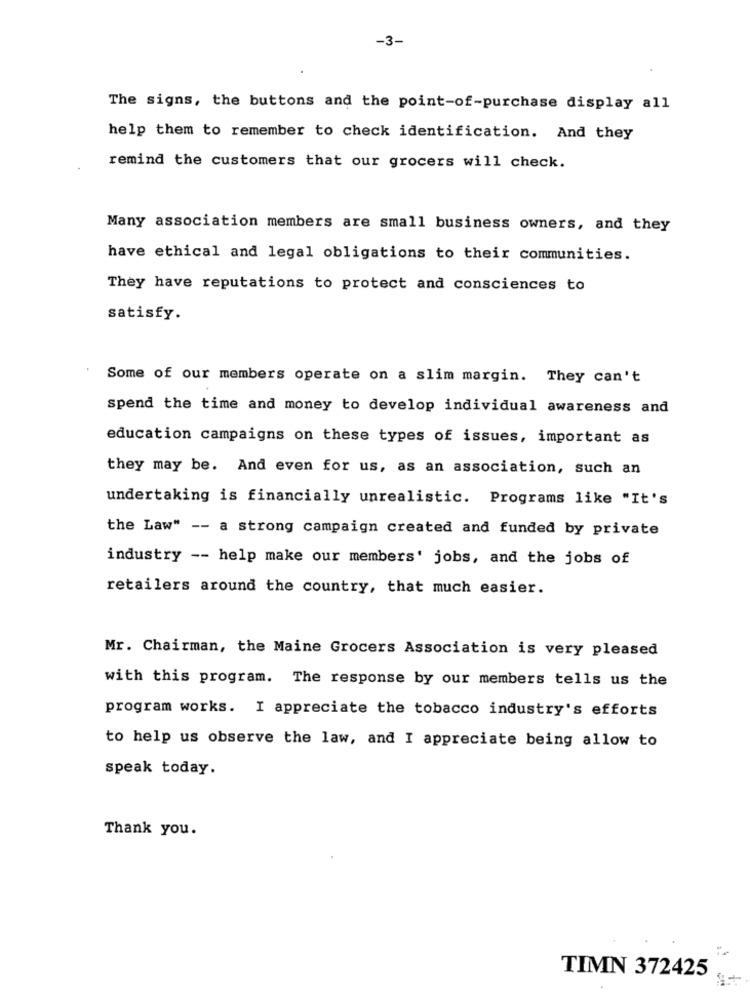
-3-
The signs, the buttons and the point-of-purchase display all
help them to remember to check identification. And they
remind the customers that our grocers will check.
Many association members are small business owners, and they
have ethical and legal obligations to their communities.
They have reputations to protect and consciences to
satisfy.
Some of our members operate on a slim margin. They can't
spend the time and money to develop individual awareness and
education campaigns on these types of issues, important as
they may be. And even for us, as an association, such an
undertaking is financially unrealistic. Programs like "It's
the Law" -- a strong campaign created and funded by private
industry -- help make our members' jobs, and the jobs of
retailers around the country, that much easier.
Mr. Chairman, the Maine Grocers Association is very pleased
with this program. The response by our members tells us the
program works. I appreciate the tobacco industry's efforts
to help us observe the law, and I appreciate being allow to
speak today.
Thank you.
TIMN 372425